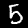
Digit: 5